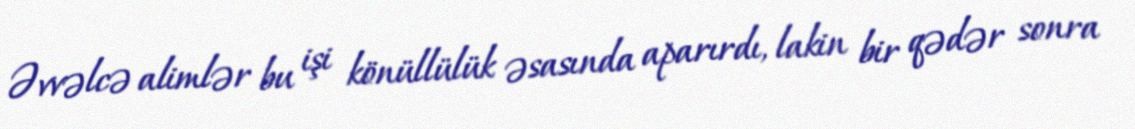
Əvvəlcə alimlər bu işi könüllülük əsasında aparırdı, lakin bir qədər sonra